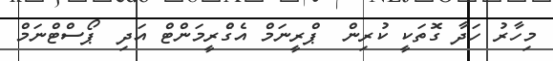
މިހާރު ހަދާ ގޮތަކީ ކުރިން  ޕްރީނަމް އެގްެރީމަންޓް އަދި  ޕޯސްޓްނަމް